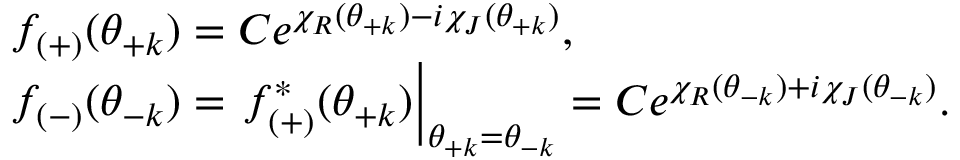
\begin{array} { l } { { f _ { ( + ) } ( \theta _ { + k } ) = C e ^ { \chi _ { R } ( \theta _ { + k } ) - i \chi _ { J } ( \theta _ { + k } ) } , } } \\ { { f _ { ( - ) } ( \theta _ { - k } ) = \left. f _ { ( + ) } ^ { * } ( \theta _ { + k } ) \right| _ { \theta _ { + k } = \theta _ { - k } } = C e ^ { \chi _ { R } ( \theta _ { - k } ) + i \chi _ { J } ( \theta _ { - k } ) } . } } \end{array}